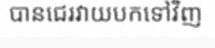
បានជេរវាយបកទៅវិញ